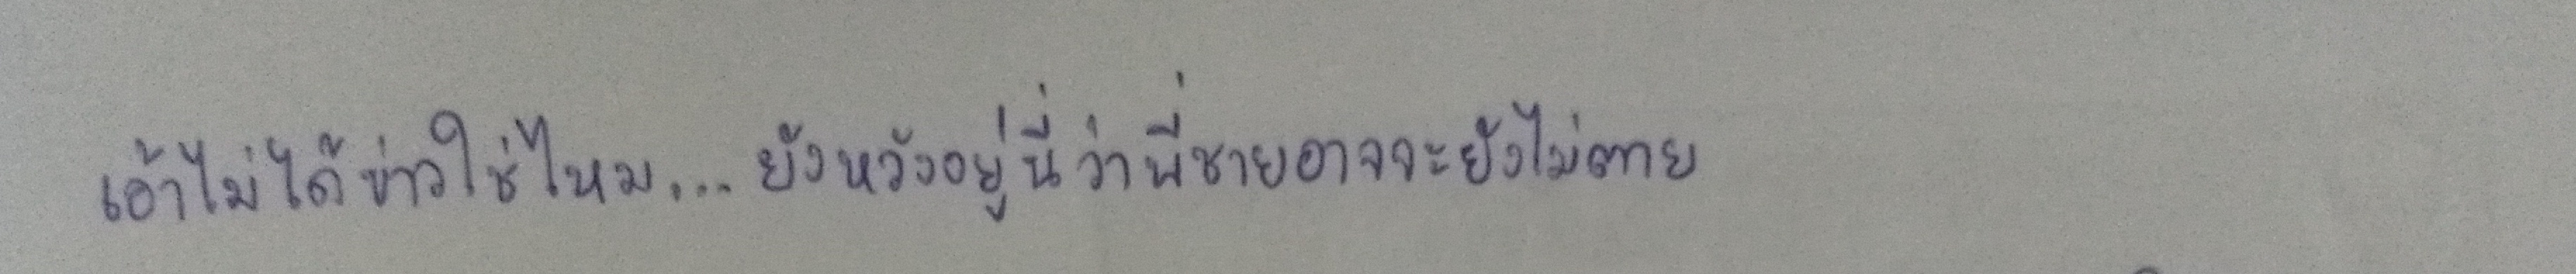
เอ้าไม่ได้ข่าวใช่ไหม...ยังหวังอยู่นี่ว่าพี่ชายอาจจะยังไม่ตาย